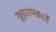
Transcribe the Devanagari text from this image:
गृह्मसंस्कारों